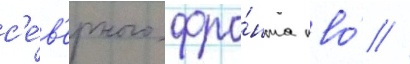
с'е́в'ерного фро́нта пво́ //